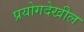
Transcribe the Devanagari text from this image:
प्रयोगदेखील